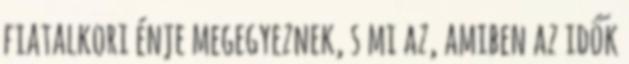
fiatalkori énje megegyeznek, s mi az, amiben az idők